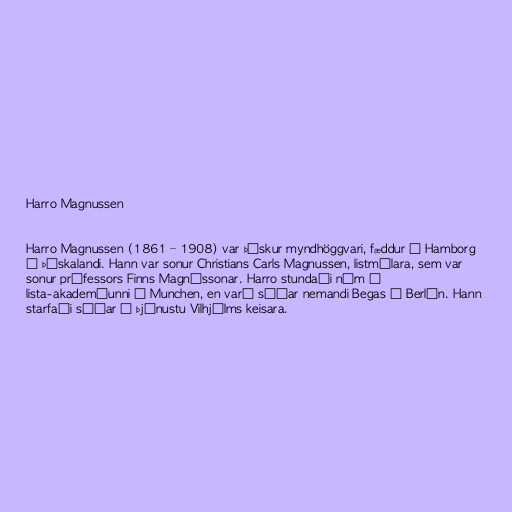
Harro Magnussen

Harro Magnussen (1861 – 1908) var þýskur myndhöggvari, fæddur í Hamborg
í Þýskalandi. Hann var sonur Christians Carls Magnussen, listmálara, sem var
sonur prófessors Finns Magnússonar. Harro stundaði nám í
lista-akademíunni í Munchen, en varð síðar nemandi Begas í Berlín. Hann
starfaði síðar í þjónustu Vilhjálms keisara.